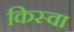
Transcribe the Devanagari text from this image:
किस्वा